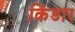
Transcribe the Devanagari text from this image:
किंडार